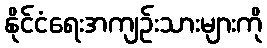
နိုင်ငံရေးအကျဉ်းသားများကို